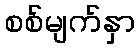
စစ်မျက်နှာ